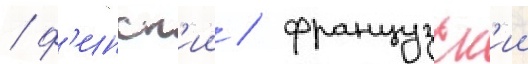
/ ф'инск'ии / французск'ии